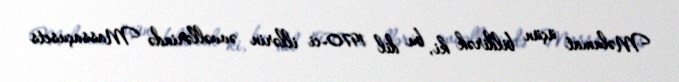
Məlumat üçün bildirək ki, bu dil 1970-ci illərin əvvəllərində Massaçusets